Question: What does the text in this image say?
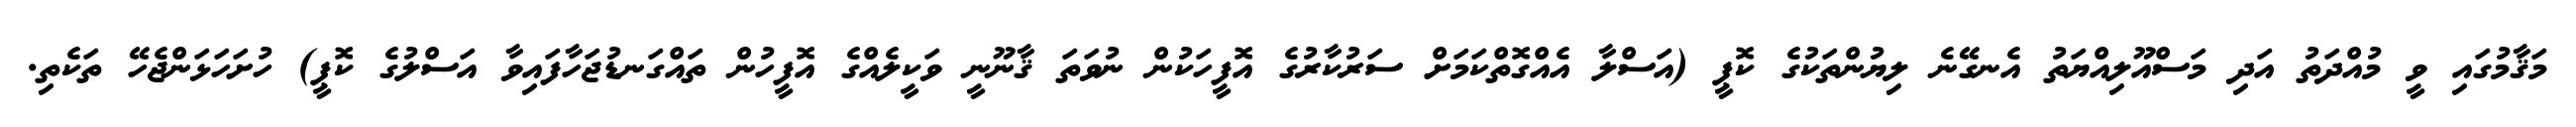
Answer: މަޤާމުގައި ވީ މުއްދަތު އަދި މަސްއޫލިއްޔަތު އެނގޭނެ ލިޔުންތަކުގެ ކޮޕީ (އަސްލާ އެއްގޮތްކަމަށް ސަރުކާރުގެ އޮފީހަކުން ނުވަތަ ޤާނޫނީ ވަކީލެއްގެ އޮފީހުން ތައްގަނޑުޖަހާފައިވާ އަސްލުގެ ކޮޕީ) ހުށަހަޅަންޖެހޭ ތަކެތި.